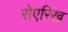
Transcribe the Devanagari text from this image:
रोएरिख